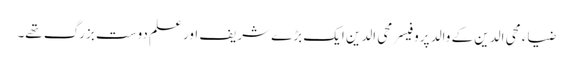
ضیاء محی الدین کے والد پروفیسر محی الدین ایک بڑے شریف اور علم دوست بزرگ تھے۔